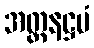
အတ္တနဋ္ဌမံ